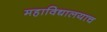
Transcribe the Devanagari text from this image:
महाविद्यालयाच